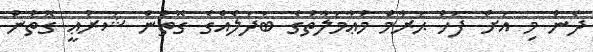
ދެން މި އަށް ފަހު ޙަރާމް މުޢާމަލާތުގެ ބަދަލެއްގެ ގޮތުން ޝަރުޢީ ގޮތުން